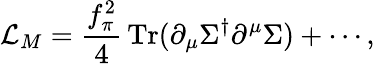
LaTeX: {\cal L}_{M}=\frac{f_{\pi}^{2}}{4}\, \mathrm{Tr}(\partial_{\mu}\Sigma^{\dagger}\partial^{\mu}\Sigma)+\cdots,